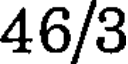
46/3